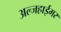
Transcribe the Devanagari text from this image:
अल्जहाईमर